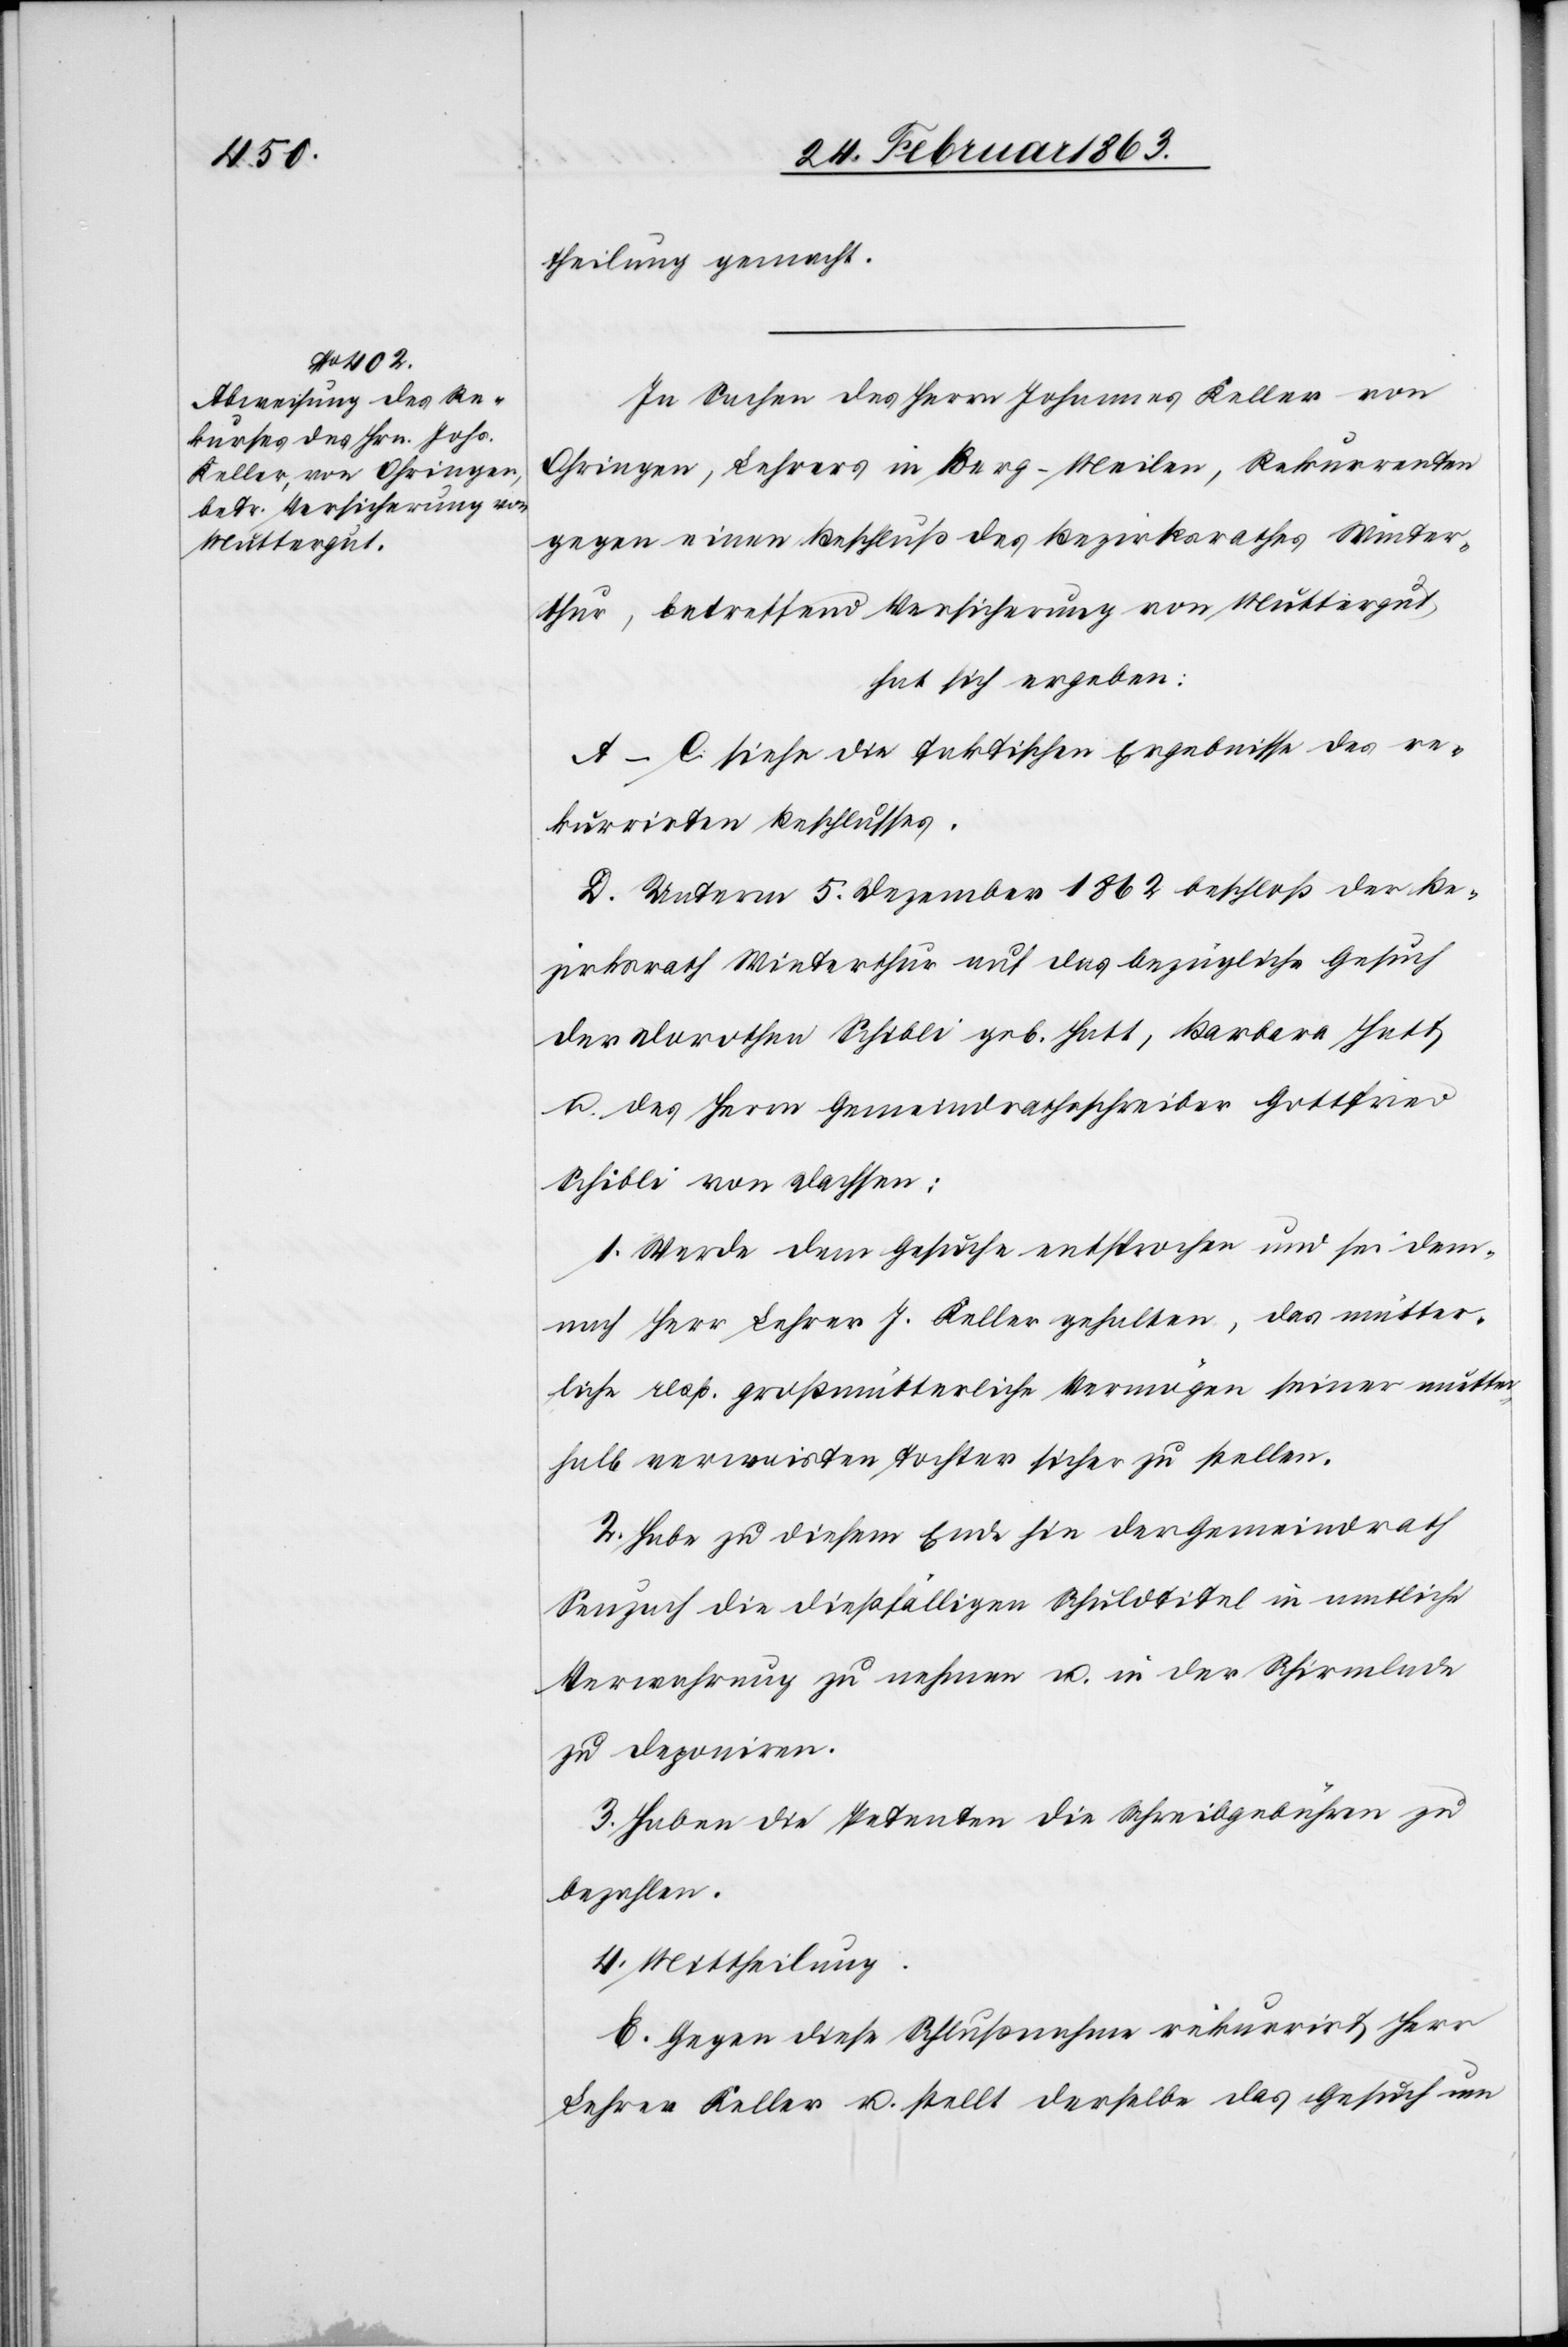
theilung gemacht.
In Sachen des Herrn Johannes Keller von
Ohringen, Lehrers in Berg-Meilen, Rekurrenten
gegen einen Beschluß des Bezirksrathes Winter¬
thur, betreffend Versicherung von Muttergut
hat sich ergeben:
A–C siehe die faktischen Ergebnisse des re¬
kurrirten Beschlusses.
D. Unterm 5. Dezember 1862 beschloß der Be¬
zirksrath Winterthur auf das bezügliche Gesuch
der Dorothea Schibli geb. Hatt, Barbara Hatt
u. des Herrn Gemeindrathsschreiber Gottfried
Schibli von Dachsen:
1. Werde dem Gesuche entsprochen und sei dem¬
nach Herr Lehrer J. Keller gehalten, das mütter¬
liche resp. großmütterliche Vermögen seiner mutter¬
halb verwaisten Tochter sicher zu stellen.
2. Habe zu diesem Ende hin der Gemeindrath
Seuzach die dießfälligen Schuldtitel in amtliche
Verwahrung zu nehmen u. in der Schirmlade
zu deponiren.
3. Haben die Petenten die Schreibgebühren zu
bezahlen.
4. Mittheilung.
E. Gegen diese Schlußnahme rekurrirt Herr
Lehrer Keller u. stellt derselbe das Gesuch um